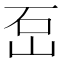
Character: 𡶪